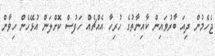
ޖެހެމުން ދިއަ ބާރުވައިން ކާއިނާތުގެ ހުރިހާ އެއްޗެއް ހަފުސް ކޮށްލަން އުޅޭހެން ހިވާން